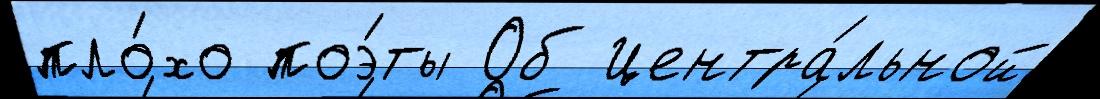
пло́хо поэ́ты Об Центра́льной